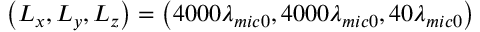
\left( { { L } _ { x } } , { { L } _ { y } } , { { L } _ { z } } \right) = \left( 4 0 0 0 { { \lambda } _ { m i c 0 } } , 4 0 0 0 { { \lambda } _ { m i c 0 } } , 4 0 { { \lambda } _ { m i c 0 } } \right)